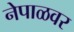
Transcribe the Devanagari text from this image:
नेपाळवर